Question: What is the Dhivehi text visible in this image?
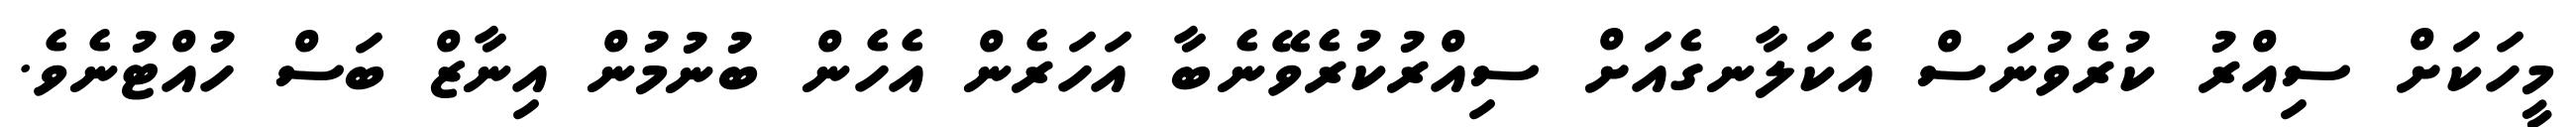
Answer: މީހަކަށް ސިއްރު ކުރެވުނަސް އެކަލާނގެއަށް ސިއްރުކުރެވޭނެބާ އަހަރެން އެހެން ބުނުމުން އިނާޒް ބަސް ހުއްޓުނެވެ.